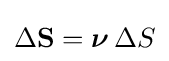
\Delta \mathbf {S} ={\boldsymbol {\nu }}\,\Delta S